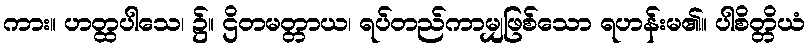
ကား။ ဟတ္ထပါသေ၊ ၌။ ဌိတမတ္တာယ၊ ရပ်တည်ကာမျှဖြစ်သော ရဟန်းမ၏။ ပါစိတ္တိယံ